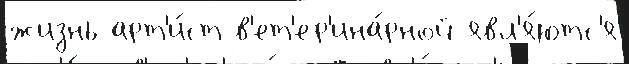
жизнь арт'и́ст в'ет'ер'ина́рной явл'я́ютс'я